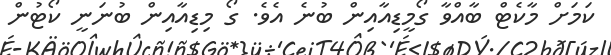
ކަމަށް މާކެޓް ބާއްވާ ގޯމީޑިއާއިން ބުނެ އެވެ. ގޯ މިޑިއާއިން ބުނަނީ ކޯޓުން